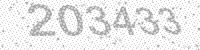
Solution: 203433